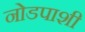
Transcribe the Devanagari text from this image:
नोडपाशी